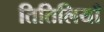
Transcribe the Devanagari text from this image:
तितिलियाँ